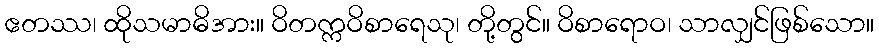
ဧတဿ၊ ထိုသမာဓိအား။ ဝိတက္ကဝိစာရေသု၊ တို့တွင်။ ဝိစာရောဝ၊ သာလျှင်ဖြစ်သော။